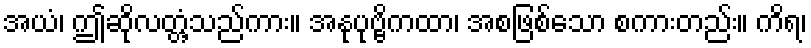
အယံ၊ ဤဆိုလတ္တံ့သည်ကား။ အနုပုဗ္ဗိကထာ၊ အစဖြစ်သော စကားတည်း။ ကိရ၊